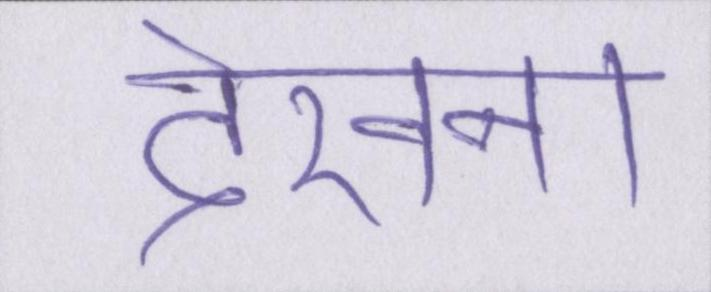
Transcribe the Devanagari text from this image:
देखना